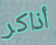
أذاكر